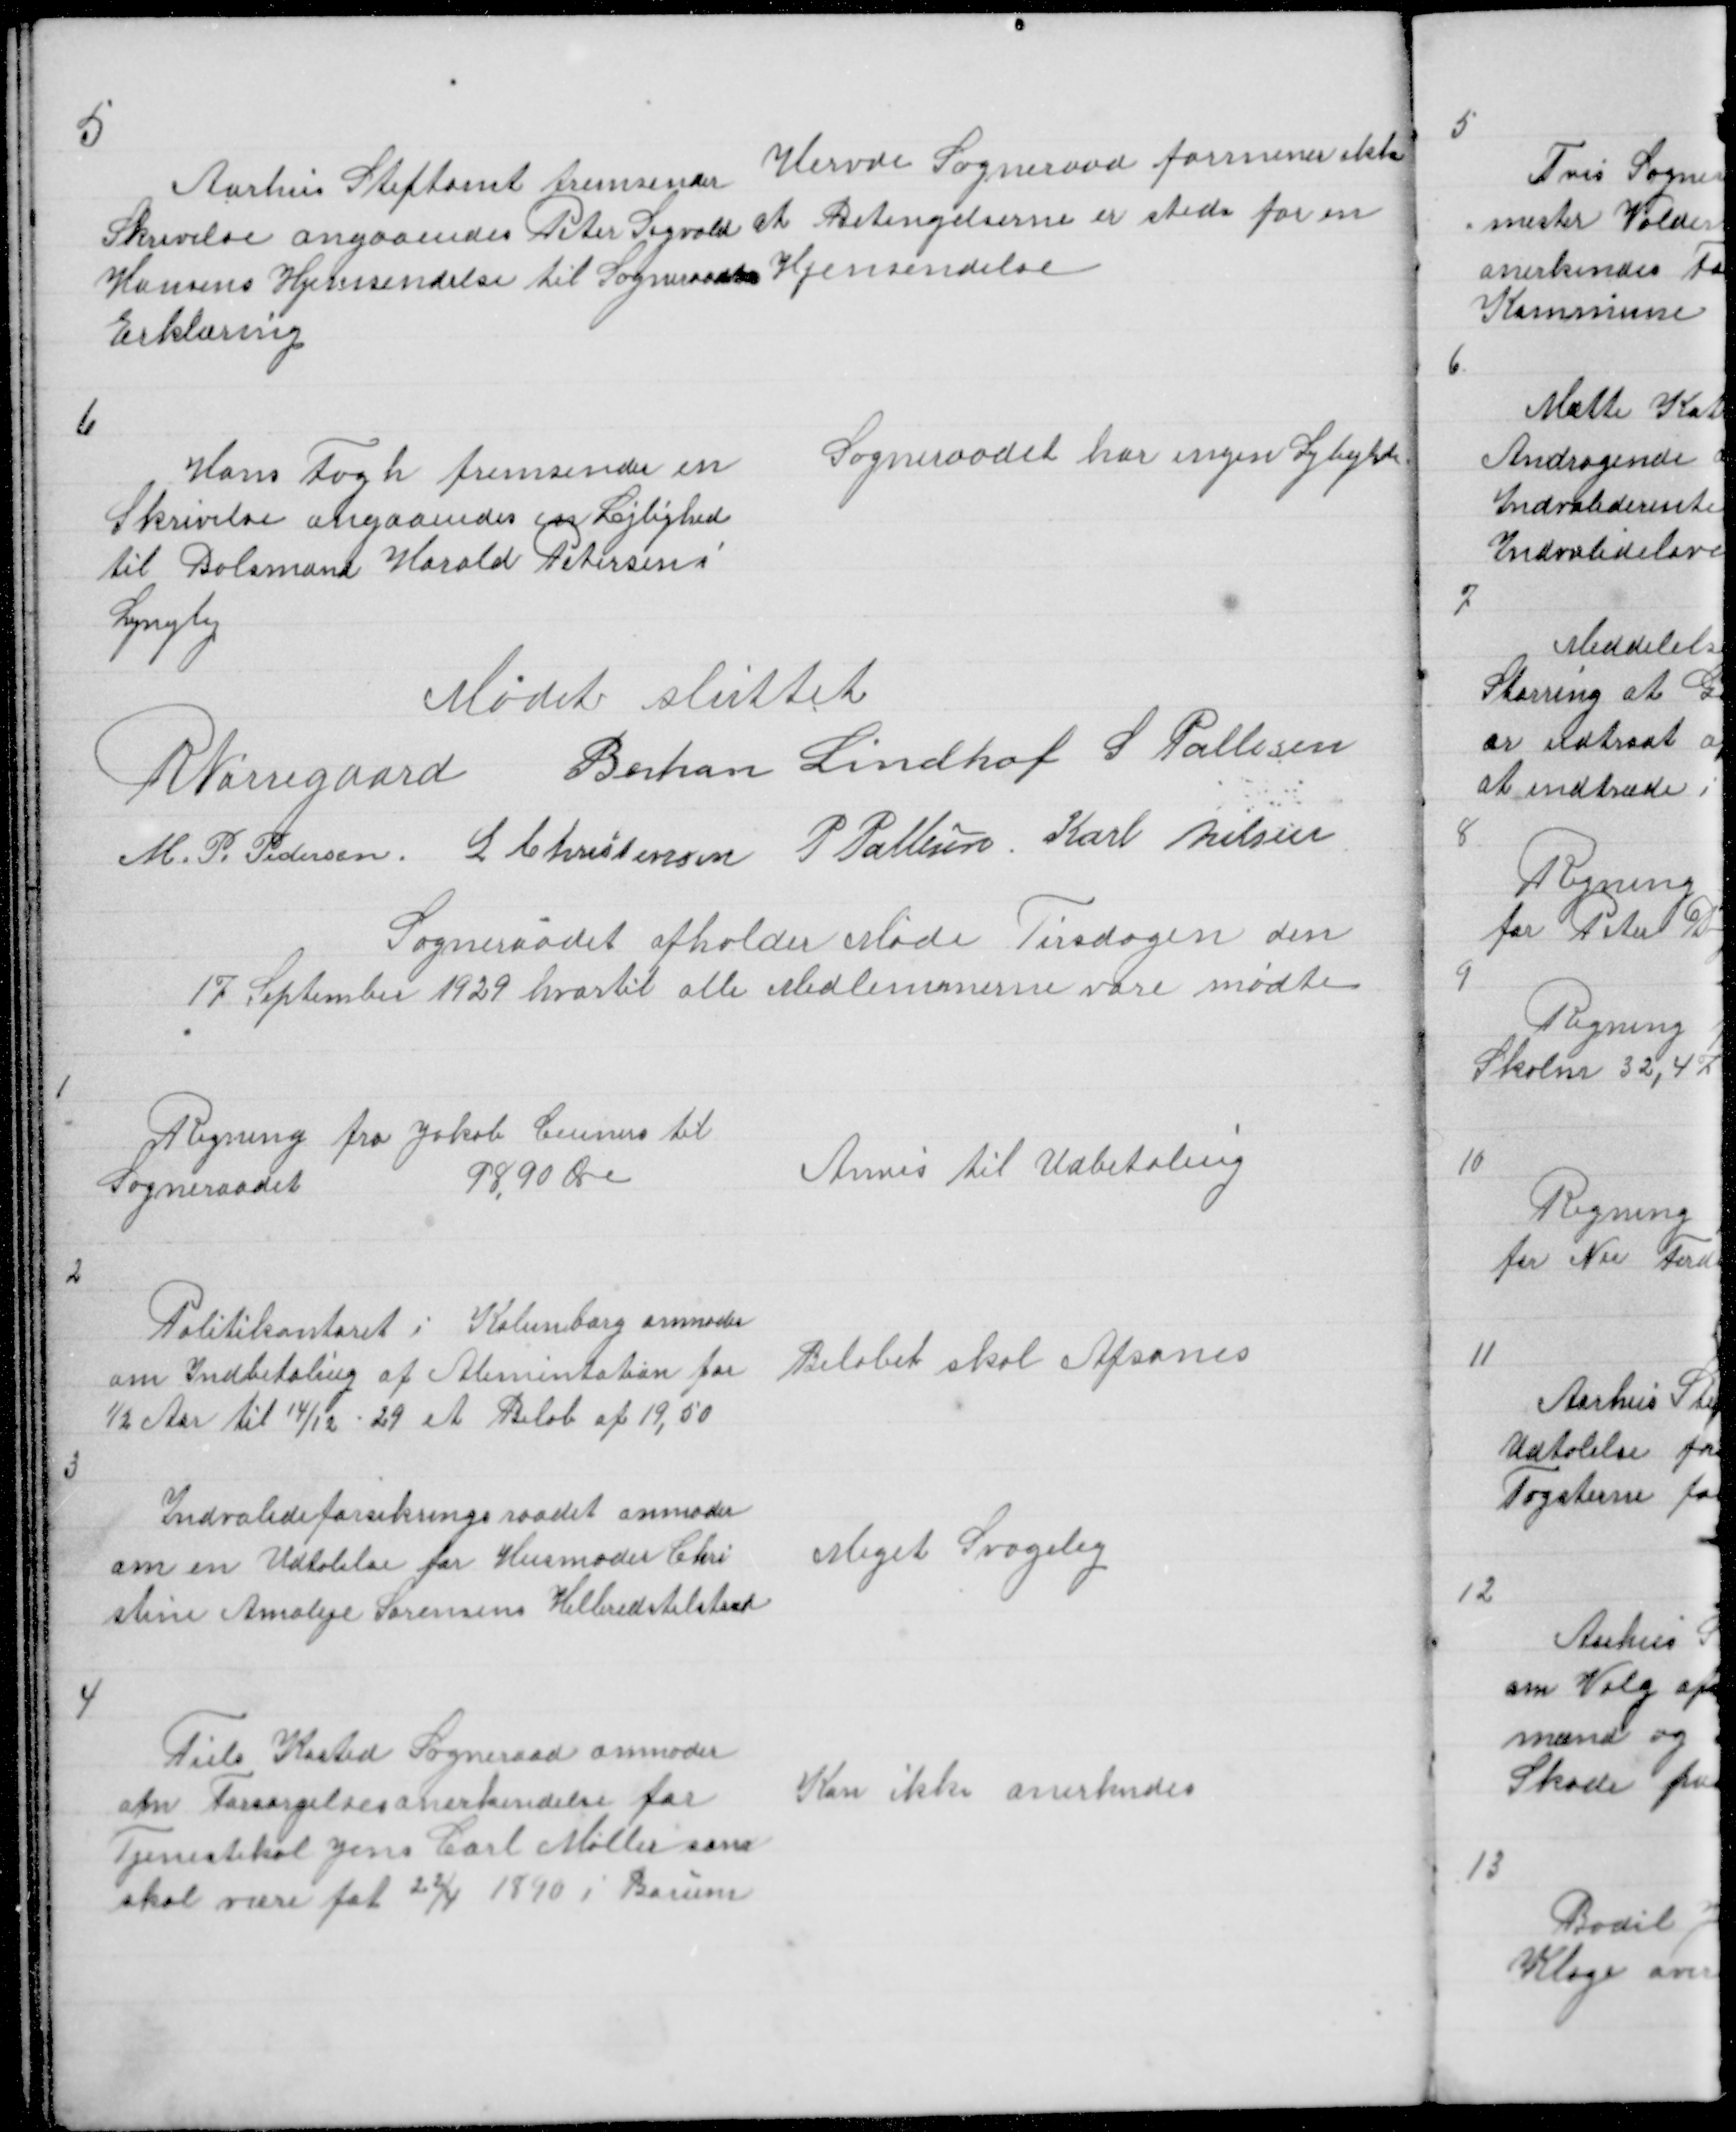
Transskription:
5

Aarhus Stiftamt fremsender
Skrivelse angaaendes Peter Sigvald
Hansens Hjemsendelse til Sogneraadets
Erklæring

Hervde Sogneraad formener ikke
at Betingelserne er stede for en
Hjemsendelse

6

Hans Fogh fremsender en
Skrivelse angaaendes en Lejlighed
til Bolsmand Harold Petersen i
Lyngby

Sogneraadet har ingen Lejligheder

Mødet sluttet
R Nørregaard Bertran Lindhof S Pallesen
M. P. Pedersen L Christensen P Pallesen Karl Nielsen

Sogneraadet afholder Møde Tirsdagen den
17 September 1929 hvortil alle Medlemmerne vare mødte

1

Regning fra Jakob Ceuners til
Sogneraadet
98,90 Øre

Anvis til Udbetaling

2

Politikontoret i Kalunborg anmoder
om Indbetaling af Alimentation for
½ Aar til 14/12 et Beløb af 19,50

Beløbet skal Afsones

3

Indvalideforsikringsraadet anmoder
om en Udtalelse for Husmoder Chri
stine Amalije Sørensens Helbredstilstand

Meget Svagelig

4

Tiels  Kasted Sogneraad anmoder
om Forsørgelsesanerkendelse for
Tjenestekal Jens Carl Møller som
skal være føt 22/4 1890 i Borum

Kan ikke anerkendes